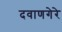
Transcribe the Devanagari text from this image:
दवाणगेरे